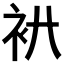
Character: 𧘒